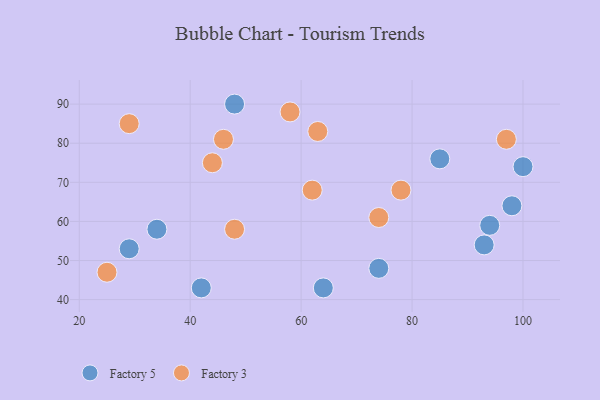
{"axis": {"x": "GDP", "y": "Life Expectancy"}, "legend": ["Factory 3", "Factory 5"], "data": [{"x": "42", "y": 43, "type": "Factory 5"}, {"x": "74", "y": 48, "type": "Factory 5"}, {"x": "29", "y": 53, "type": "Factory 5"}, {"x": "93", "y": 54, "type": "Factory 5"}, {"x": "85", "y": 76, "type": "Factory 5"}, {"x": "94", "y": 59, "type": "Factory 5"}, {"x": "64", "y": 43, "type": "Factory 5"}, {"x": "98", "y": 64, "type": "Factory 5"}, {"x": "100", "y": 74, "type": "Factory 5"}, {"x": "34", "y": 58, "type": "Factory 5"}, {"x": "48", "y": 90, "type": "Factory 5"}, {"x": "29", "y": 85, "type": "Factory 3"}, {"x": "97", "y": 81, "type": "Factory 3"}, {"x": "25", "y": 47, "type": "Factory 3"}, {"x": "63", "y": 83, "type": "Factory 3"}, {"x": "48", "y": 58, "type": "Factory 3"}, {"x": "44", "y": 75, "type": "Factory 3"}, {"x": "78", "y": 68, "type": "Factory 3"}, {"x": "58", "y": 88, "type": "Factory 3"}, {"x": "62", "y": 68, "type": "Factory 3"}, {"x": "46", "y": 81, "type": "Factory 3"}, {"x": "74", "y": 61, "type": "Factory 3"}]}